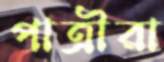
পাত্রীরা